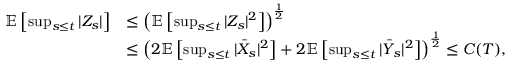
\begin{array} { r l } { \mathbb { E } \left[ \operatorname* { s u p } _ { s \leq t } | Z _ { s } | \right] } & { \leq \left( \mathbb { E } \left[ \operatorname* { s u p } _ { s \leq t } | Z _ { s } | ^ { 2 } \right] \right) ^ { \frac { 1 } { 2 } } } \\ & { \leq \left( 2 \mathbb { E } \left[ \operatorname* { s u p } _ { s \leq t } | \bar { X } _ { s } | ^ { 2 } \right] + 2 \mathbb { E } \left[ \operatorname* { s u p } _ { s \leq t } | \bar { Y } _ { s } | ^ { 2 } \right] \right) ^ { \frac { 1 } { 2 } } \leq C ( T ) , } \end{array}